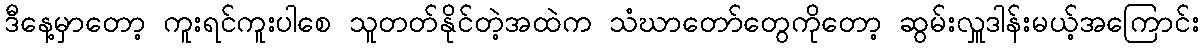
ဒီနေ့မှာတော့ ကူးရင်ကူးပါစေ သူတတ်နိုင်တဲ့အထဲက သံဃာတော်တွေကိုတော့ ဆွမ်းလှူဒါန်းမယ့်အကြောင်း